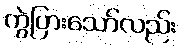
ကွဲပြားသော်လည်း